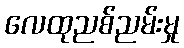
လေထုညစ်ညမ်းမှု